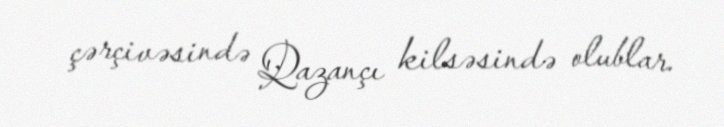
çərçivəsində Qazançı kilsəsində olublar.